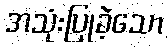
အသုံးပြုခဲ့သော